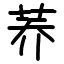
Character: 荞